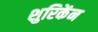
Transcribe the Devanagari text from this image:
शुरिकेंन